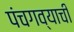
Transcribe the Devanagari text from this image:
पंचगव्याची